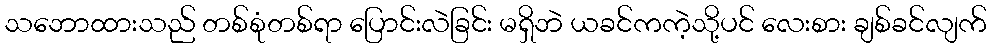
သဘောထားသည် တစ်စုံတစ်ရာ ပြောင်းလဲခြင်း မရှိဘဲ ယခင်ကကဲ့သို့ပင် လေးစား ချစ်ခင်လျက်